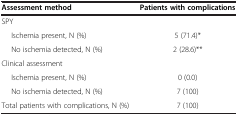
<table><thead><tr><td><b>Assessment method</b></td><td><b>Patients with complications</b></td></tr></thead><tbody><tr><td>SPY</td><td> </td></tr><tr><td>Ischemia present, N (%)</td><td>5 (71.4)*</td></tr><tr><td>No ischemia detected, N (%)</td><td>2 (28.6)**</td></tr><tr><td>Clinical assessment</td><td> </td></tr><tr><td>Ischemia present, N (%)</td><td>0 (0.0)</td></tr><tr><td>No ischemia detected, N (%)</td><td>7 (100)</td></tr><tr><td>Total patients with complications, N (%)</td><td>7 (100)</td></tr></tbody></table>